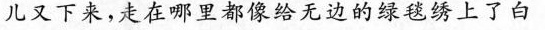
儿又下来，走在哪里都像给无边的绿毯绣上了白